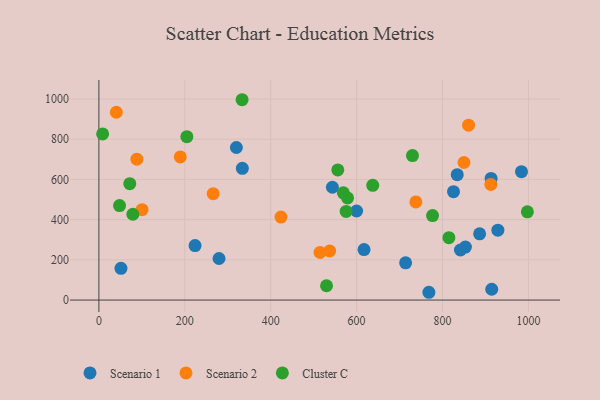
{"axis": {"x": "Distance", "y": "Salary"}, "legend": ["Cluster C", "Scenario 1", "Scenario 2"], "data": [{"x": "913.1", "y": 604.9, "type": "Scenario 1"}, {"x": "543.7", "y": 560.9, "type": "Scenario 1"}, {"x": "928.9", "y": 347.3, "type": "Scenario 1"}, {"x": "279.7", "y": 206.6, "type": "Scenario 1"}, {"x": "223.9", "y": 270.9, "type": "Scenario 1"}, {"x": "853.3", "y": 263.5, "type": "Scenario 1"}, {"x": "914.6", "y": 53.8, "type": "Scenario 1"}, {"x": "600.0", "y": 442.7, "type": "Scenario 1"}, {"x": "886.4", "y": 329.4, "type": "Scenario 1"}, {"x": "841.8", "y": 248.9, "type": "Scenario 1"}, {"x": "714.1", "y": 185.1, "type": "Scenario 1"}, {"x": "825.6", "y": 539.0, "type": "Scenario 1"}, {"x": "617.3", "y": 250.9, "type": "Scenario 1"}, {"x": "320.1", "y": 758.6, "type": "Scenario 1"}, {"x": "51.4", "y": 158.0, "type": "Scenario 1"}, {"x": "983.9", "y": 638.4, "type": "Scenario 1"}, {"x": "768.3", "y": 38.7, "type": "Scenario 1"}, {"x": "834.3", "y": 623.5, "type": "Scenario 1"}, {"x": "334.0", "y": 655.2, "type": "Scenario 1"}, {"x": "40.6", "y": 933.8, "type": "Scenario 2"}, {"x": "738.0", "y": 487.9, "type": "Scenario 2"}, {"x": "849.9", "y": 684.0, "type": "Scenario 2"}, {"x": "860.7", "y": 869.8, "type": "Scenario 2"}, {"x": "423.9", "y": 412.7, "type": "Scenario 2"}, {"x": "537.3", "y": 243.9, "type": "Scenario 2"}, {"x": "514.9", "y": 237.0, "type": "Scenario 2"}, {"x": "266.1", "y": 528.9, "type": "Scenario 2"}, {"x": "912.5", "y": 575.1, "type": "Scenario 2"}, {"x": "189.5", "y": 711.9, "type": "Scenario 2"}, {"x": "88.4", "y": 700.7, "type": "Scenario 2"}, {"x": "100.5", "y": 449.6, "type": "Scenario 2"}, {"x": "204.8", "y": 812.3, "type": "Cluster C"}, {"x": "79.1", "y": 426.6, "type": "Cluster C"}, {"x": "637.6", "y": 570.3, "type": "Cluster C"}, {"x": "814.9", "y": 310.1, "type": "Cluster C"}, {"x": "8.7", "y": 826.0, "type": "Cluster C"}, {"x": "575.7", "y": 440.8, "type": "Cluster C"}, {"x": "569.1", "y": 533.3, "type": "Cluster C"}, {"x": "556.2", "y": 646.9, "type": "Cluster C"}, {"x": "578.9", "y": 507.6, "type": "Cluster C"}, {"x": "530.0", "y": 71.1, "type": "Cluster C"}, {"x": "333.4", "y": 996.1, "type": "Cluster C"}, {"x": "71.9", "y": 578.7, "type": "Cluster C"}, {"x": "776.8", "y": 419.9, "type": "Cluster C"}, {"x": "730.1", "y": 718.4, "type": "Cluster C"}, {"x": "48.1", "y": 469.8, "type": "Cluster C"}, {"x": "997.6", "y": 438.9, "type": "Cluster C"}]}